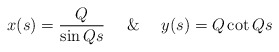
\begin{align*}x(s) = \frac{Q}{\sin Qs} \ \ \ \ \& \ \ \ \ y(s) = Q\cot Qs\end{align*}